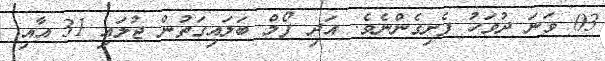
03 ވަނަ ދުވަހު ފެށިގެންނެވެ. އަދި ފޯމް ބަލައިގަތުން ޖުލައި 31 އާއި